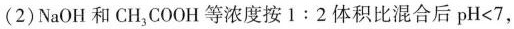
(2) NaOH 和 CH_{3}COOH 等浓度按 1：2 体积比混合后 pH<7，